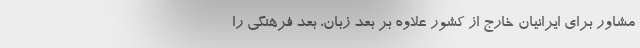
مشاور برای ایرانیان خارج از کشور علاوه بر بعد زبان، بعد فرهنگی را